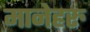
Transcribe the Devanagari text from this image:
मानेहरु